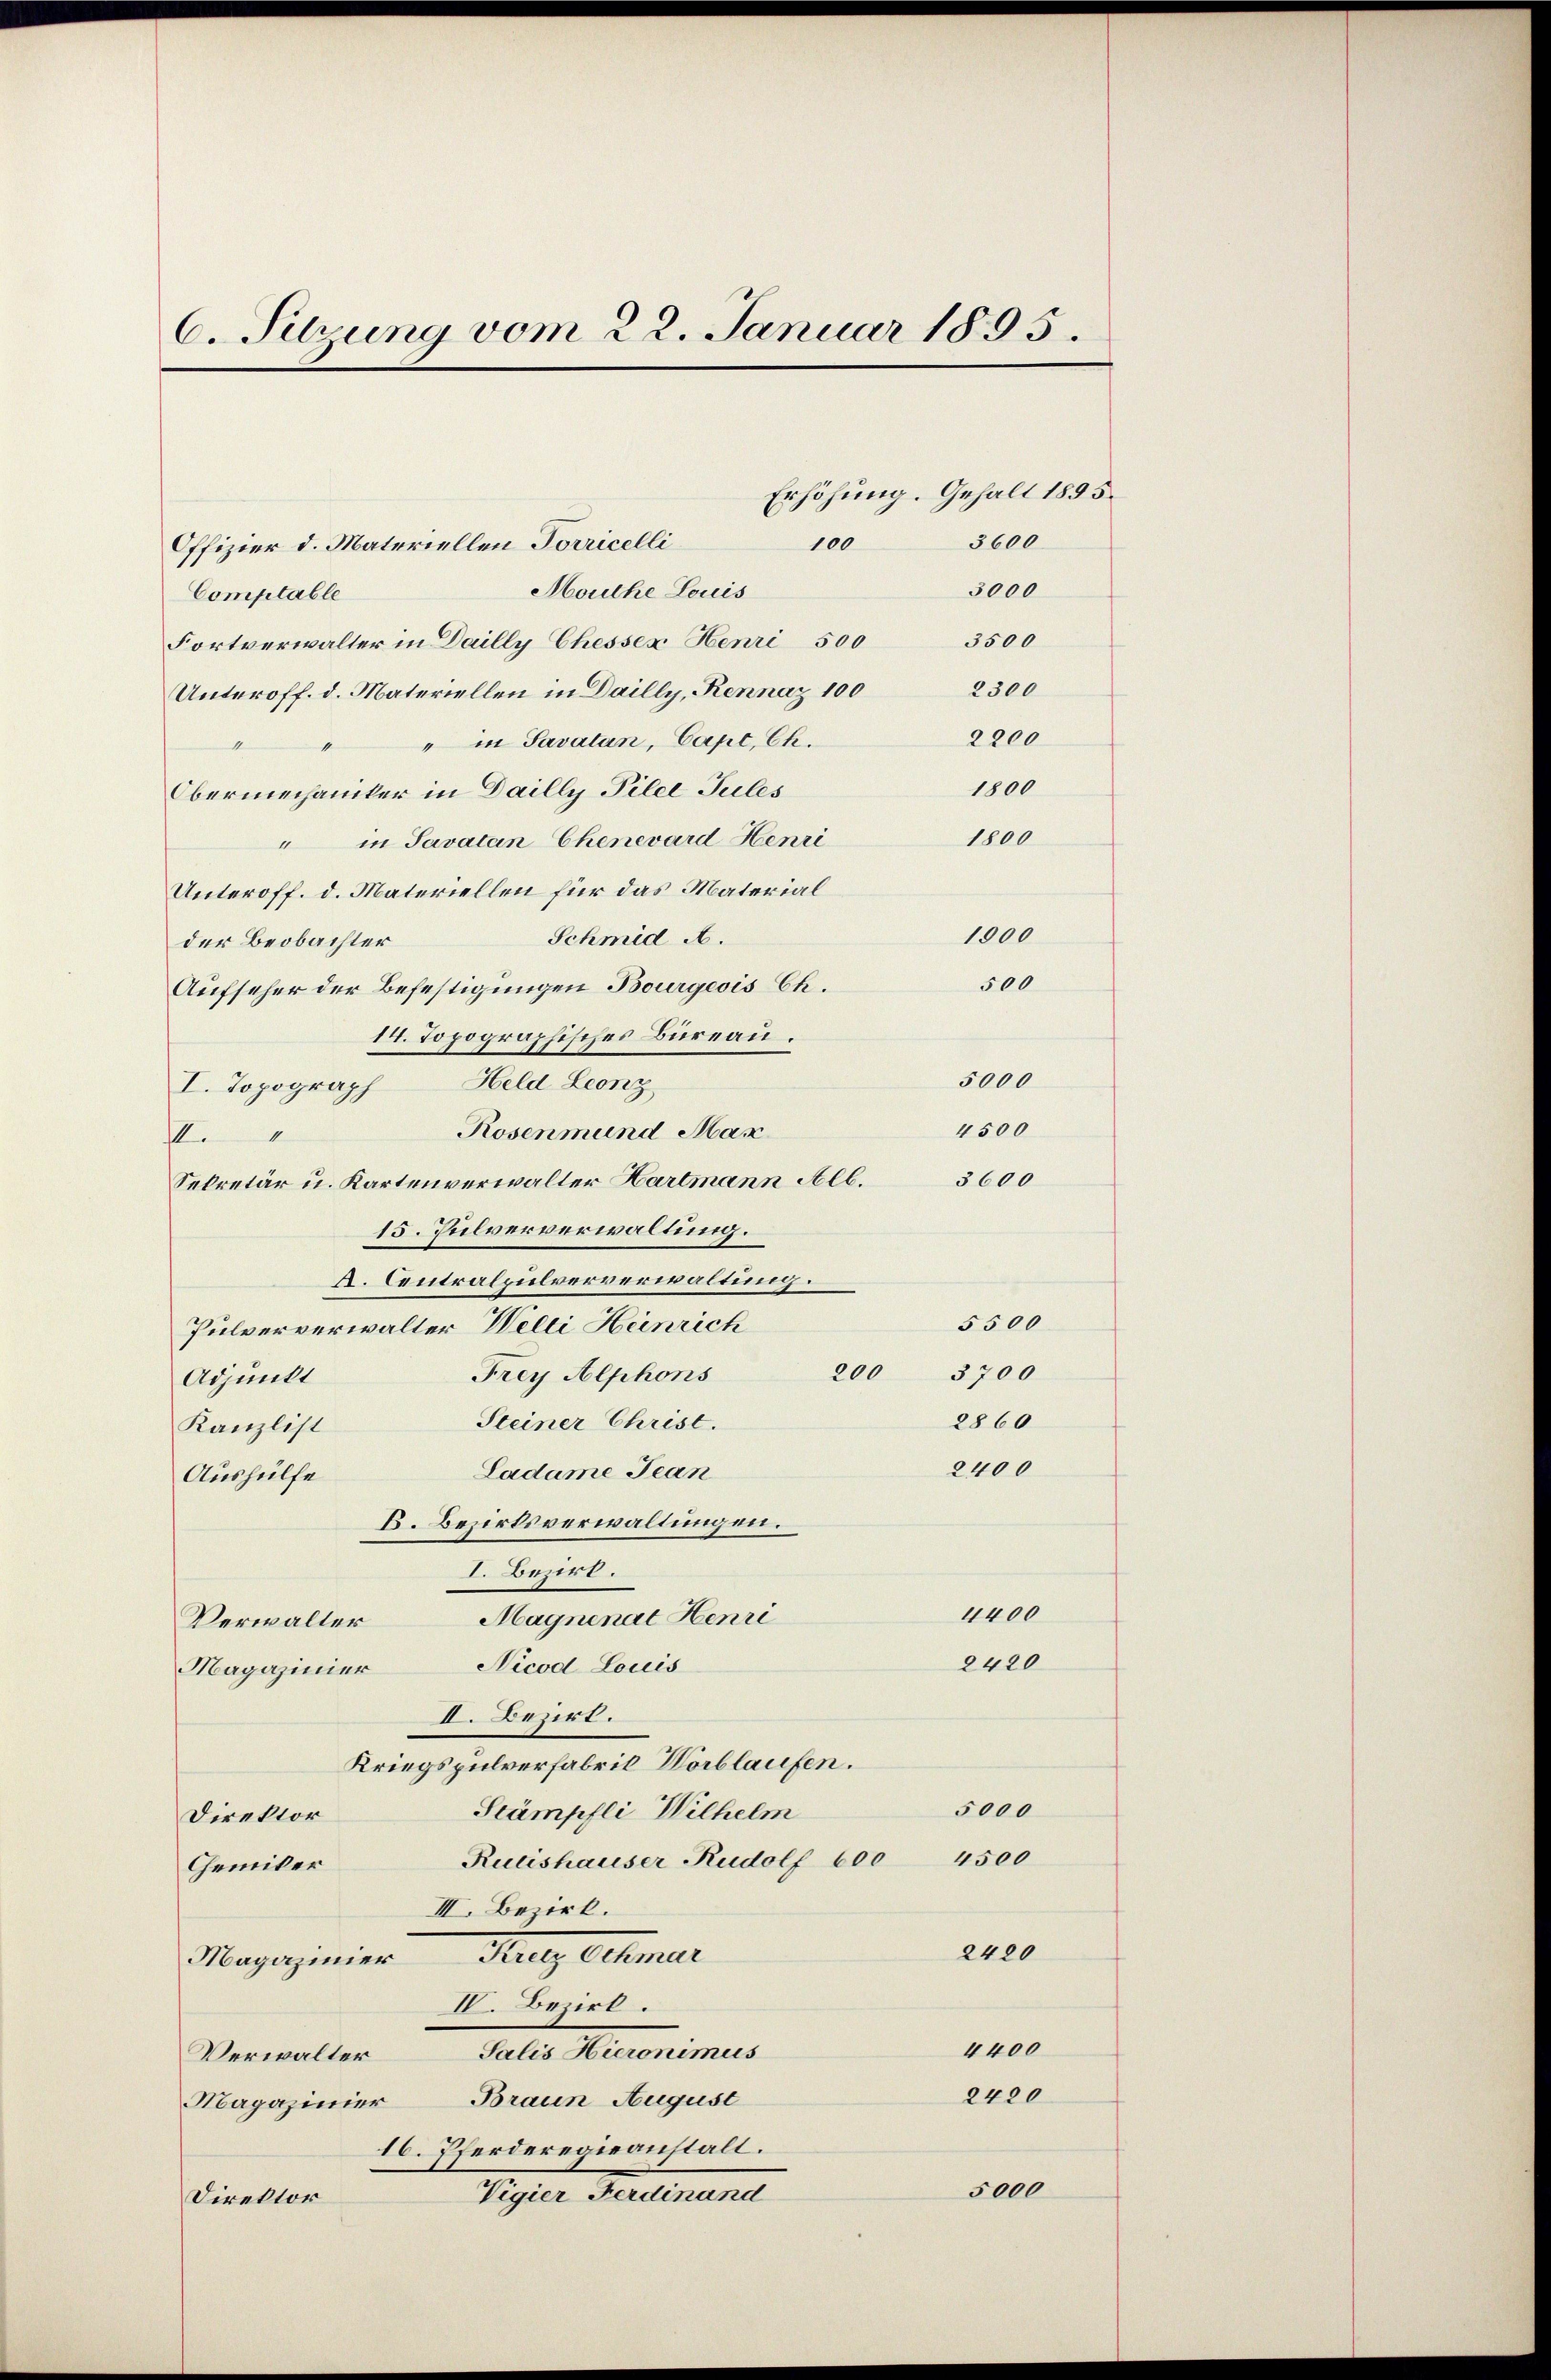
6. Sitzung vom 22. Januar 1895.

100
Offizier d. Materiellen Torricelli
Mouche Louis
3000
Comptable
3500
Fortverwalter in Dailly Chesser Henri 500
2300
Unteroff. d. Materiellen in Dailly, Rennaz 100
2200
" " in Savatan, Capi, Ch.
1
1800
Obermechaniker in Dailly Pilel Tules
1800
" in Savaten Chenevard Henri
Unteroff. d. Materiellen für das Material
1000
Schmid A.
der Beobachter
500
Aufseher der Befestigungen Bourgeois Ch.
14. Topographisches Bureau.
5000
I. Topograph Held Leonz
4500
Rosenmund Max
II.
Sekretär u. Kartenverwalter Hartmann Alb. 3600
15. Pulververwaltung.
A. Centralpulververwaltung.
5500
Pulververwalter Welti Heinrich
200
3700
Frey Alphons
Adjunkt
Steiner Christ.
2860
Kanzlist
2400
Ladame Jean
Aushülfe
B. Bezirksverwaltungen.
I. Bezirk.
4400
Magnenat Henri
Verwalter
2420
Nicod Louis
Magazinier
II. Bezirk.
Kriegspulverfabrik Horblaufen.
5000
Stämpfli Wilhelm
Direktor
4500
Rutishauser Rudolf 600
Chemiker
III. Bezirk.
2420
Sulz, Schmer
Magazinier
IV. Bezirk.
4400
Salis Hieronimus
Verwalter
2420
Magazinier Braun August
16. Pferderegieanstalt.
5000
Vigier Ferdinand
Direktor

Erhöhung. Gehalt 1895.

3600